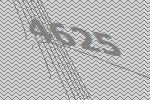
4625